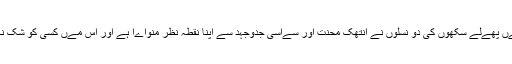
بھارت کو ےہ بات کسی طور ہضم نہےںہو رہی ہے کہ ےورپ اور شمالی امرےکہ مےں پھےلے سکھوں کی دو نسلوں نے انتھک محنت اور سےاسی جدوجہد سے اپنا نقطہ نظر منواےا ہے اور اس مےں کسی کو شک نہےں ہونا چاہےئے کہ سےاست اور معےشت مےں سکھ خاصااثرورسوخ رکھتے ہےں۔